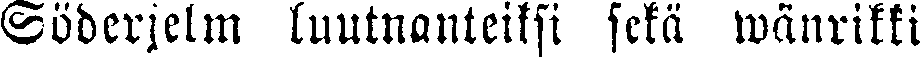
Söderjelm luutnanteiksi sekä wänrkki